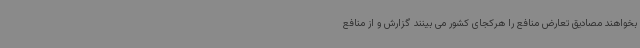
بخواهند مصادیق تعارض منافع را هرکجای کشور می بینند گزارش و از منافع